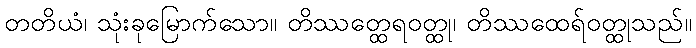
တတိယံ၊ သုံးခုမြောက်သော။ တိဿတ္ထေရဝတ္ထု၊ တိဿထေရ်ဝတ္ထုသည်။